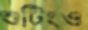
শুটিংও